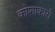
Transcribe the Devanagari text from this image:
कोशाकारी